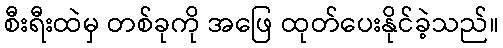
စီးရီးထဲမှ တစ်ခုကို အဖြေ ထုတ်ပေးနိုင်ခဲ့သည်။